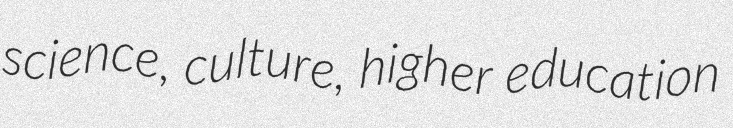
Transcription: science, culture, higher education